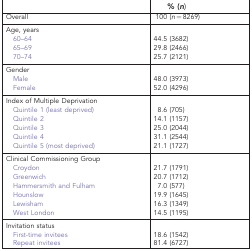
<table><thead><tr><td><b> </b></td><td><b>% (<i>n</i>)</b></td></tr></thead><tbody><tr><td>Overall</td><td>100 (<i>n</i>=8269)</td></tr><tr><td>Age, years</td><td> </td></tr><tr><td> 60–64</td><td>44.5 (3682)</td></tr><tr><td> 65–69</td><td>29.8 (2466)</td></tr><tr><td> 70–74</td><td>25.7 (2121)</td></tr><tr><td>Gender</td><td> </td></tr><tr><td> Male</td><td>48.0 (3973)</td></tr><tr><td> Female</td><td>52.0 (4296)</td></tr><tr><td>Index of Multiple Deprivation</td><td> </td></tr><tr><td> Quintile 1 (least deprived)</td><td>8.6 (705)</td></tr><tr><td> Quintile 2</td><td>14.1 (1157)</td></tr><tr><td> Quintile 3</td><td>25.0 (2044)</td></tr><tr><td> Quintile 4</td><td>31.1 (2544)</td></tr><tr><td> Quintile 5 (most deprived)</td><td>21.1 (1727)</td></tr><tr><td>Clinical Commissioning Group</td><td> </td></tr><tr><td> Croydon</td><td>21.7 (1791)</td></tr><tr><td> Greenwich</td><td>20.7 (1712)</td></tr><tr><td> Hammersmith and Fulham</td><td>7.0 (577)</td></tr><tr><td> Hounslow</td><td>19.9 (1645)</td></tr><tr><td> Lewisham</td><td>16.3 (1349)</td></tr><tr><td> West London</td><td>14.5 (1195)</td></tr><tr><td>Invitation status</td><td> </td></tr><tr><td> First-time invitees</td><td>18.6 (1542)</td></tr><tr><td> Repeat invitees</td><td>81.4 (6727)</td></tr></tbody></table>